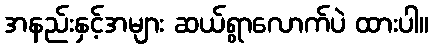
အနည်းနှင့်အများ ဆယ်ရွာလောက်ပဲ ထားပါ။